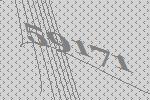
59171